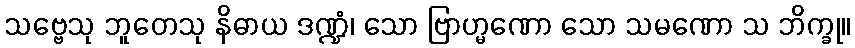
သဗ္ဗေသု ဘူတေသု နိဓာယ ဒဏ္ဍံ၊ သော ဗြာဟ္မဏော သော သမဏော သ ဘိက္ခု။